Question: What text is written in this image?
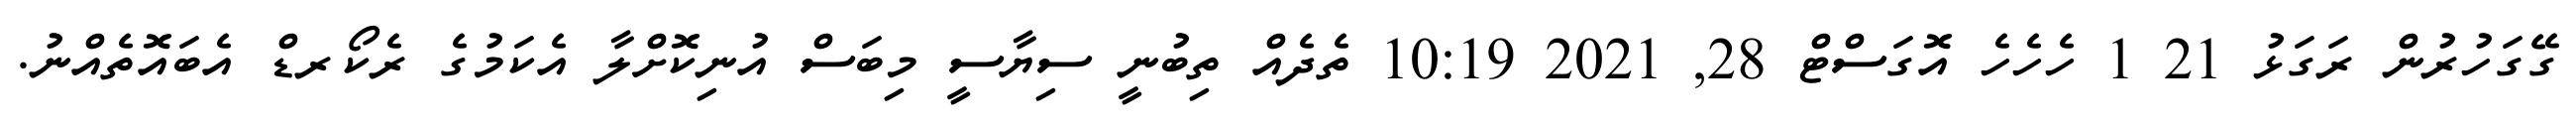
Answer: ގޭގަހުރުން ރަގަޅު 21 1 ހެހެހެ އޮގަސްޓް 28, 2021 10:19 ތެދެއް ތިބުނީ ސިޔާސީ މިބަސް އުނިކޮށްލާ އެކަމުގެ ރެކޯރޑް އެބައޮތެއްނު.